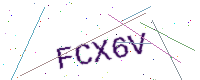
Text: FCX6V